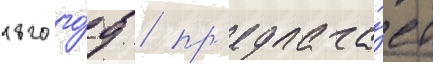
1820 го́д / пр'едлага́ет